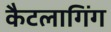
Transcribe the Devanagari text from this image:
कैटलागिंग